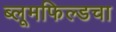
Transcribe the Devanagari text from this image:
ब्लूमफिल्डचा